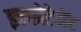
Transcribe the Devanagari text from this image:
इन्फोटेमेंट